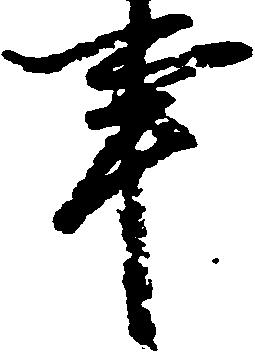
事